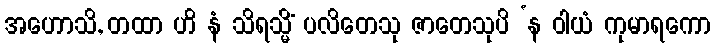
အဟောသိ, တထာ ဟိ နံ သိရသ္မိံ ပလိတေသု ဇာတေသုပိ ‘န ဝါယံ ကုမာရကော